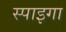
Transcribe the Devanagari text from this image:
स्पाइगा